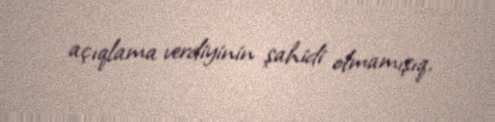
açıqlama verdiyinin şahidi olmamışıq.